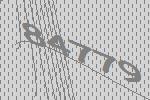
84779